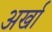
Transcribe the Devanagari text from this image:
अर्खा